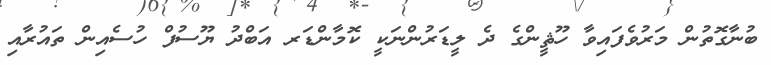
ބުނާގޮތުން މަރުވެފައިވާ ހޫޘީންގެ ދެ ލީޑަރުންނަކީ ކޮމާންޑަރ އަބްދު ޔޫސުފް ހުސެއިން ތައުރާއި